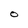
Character: O